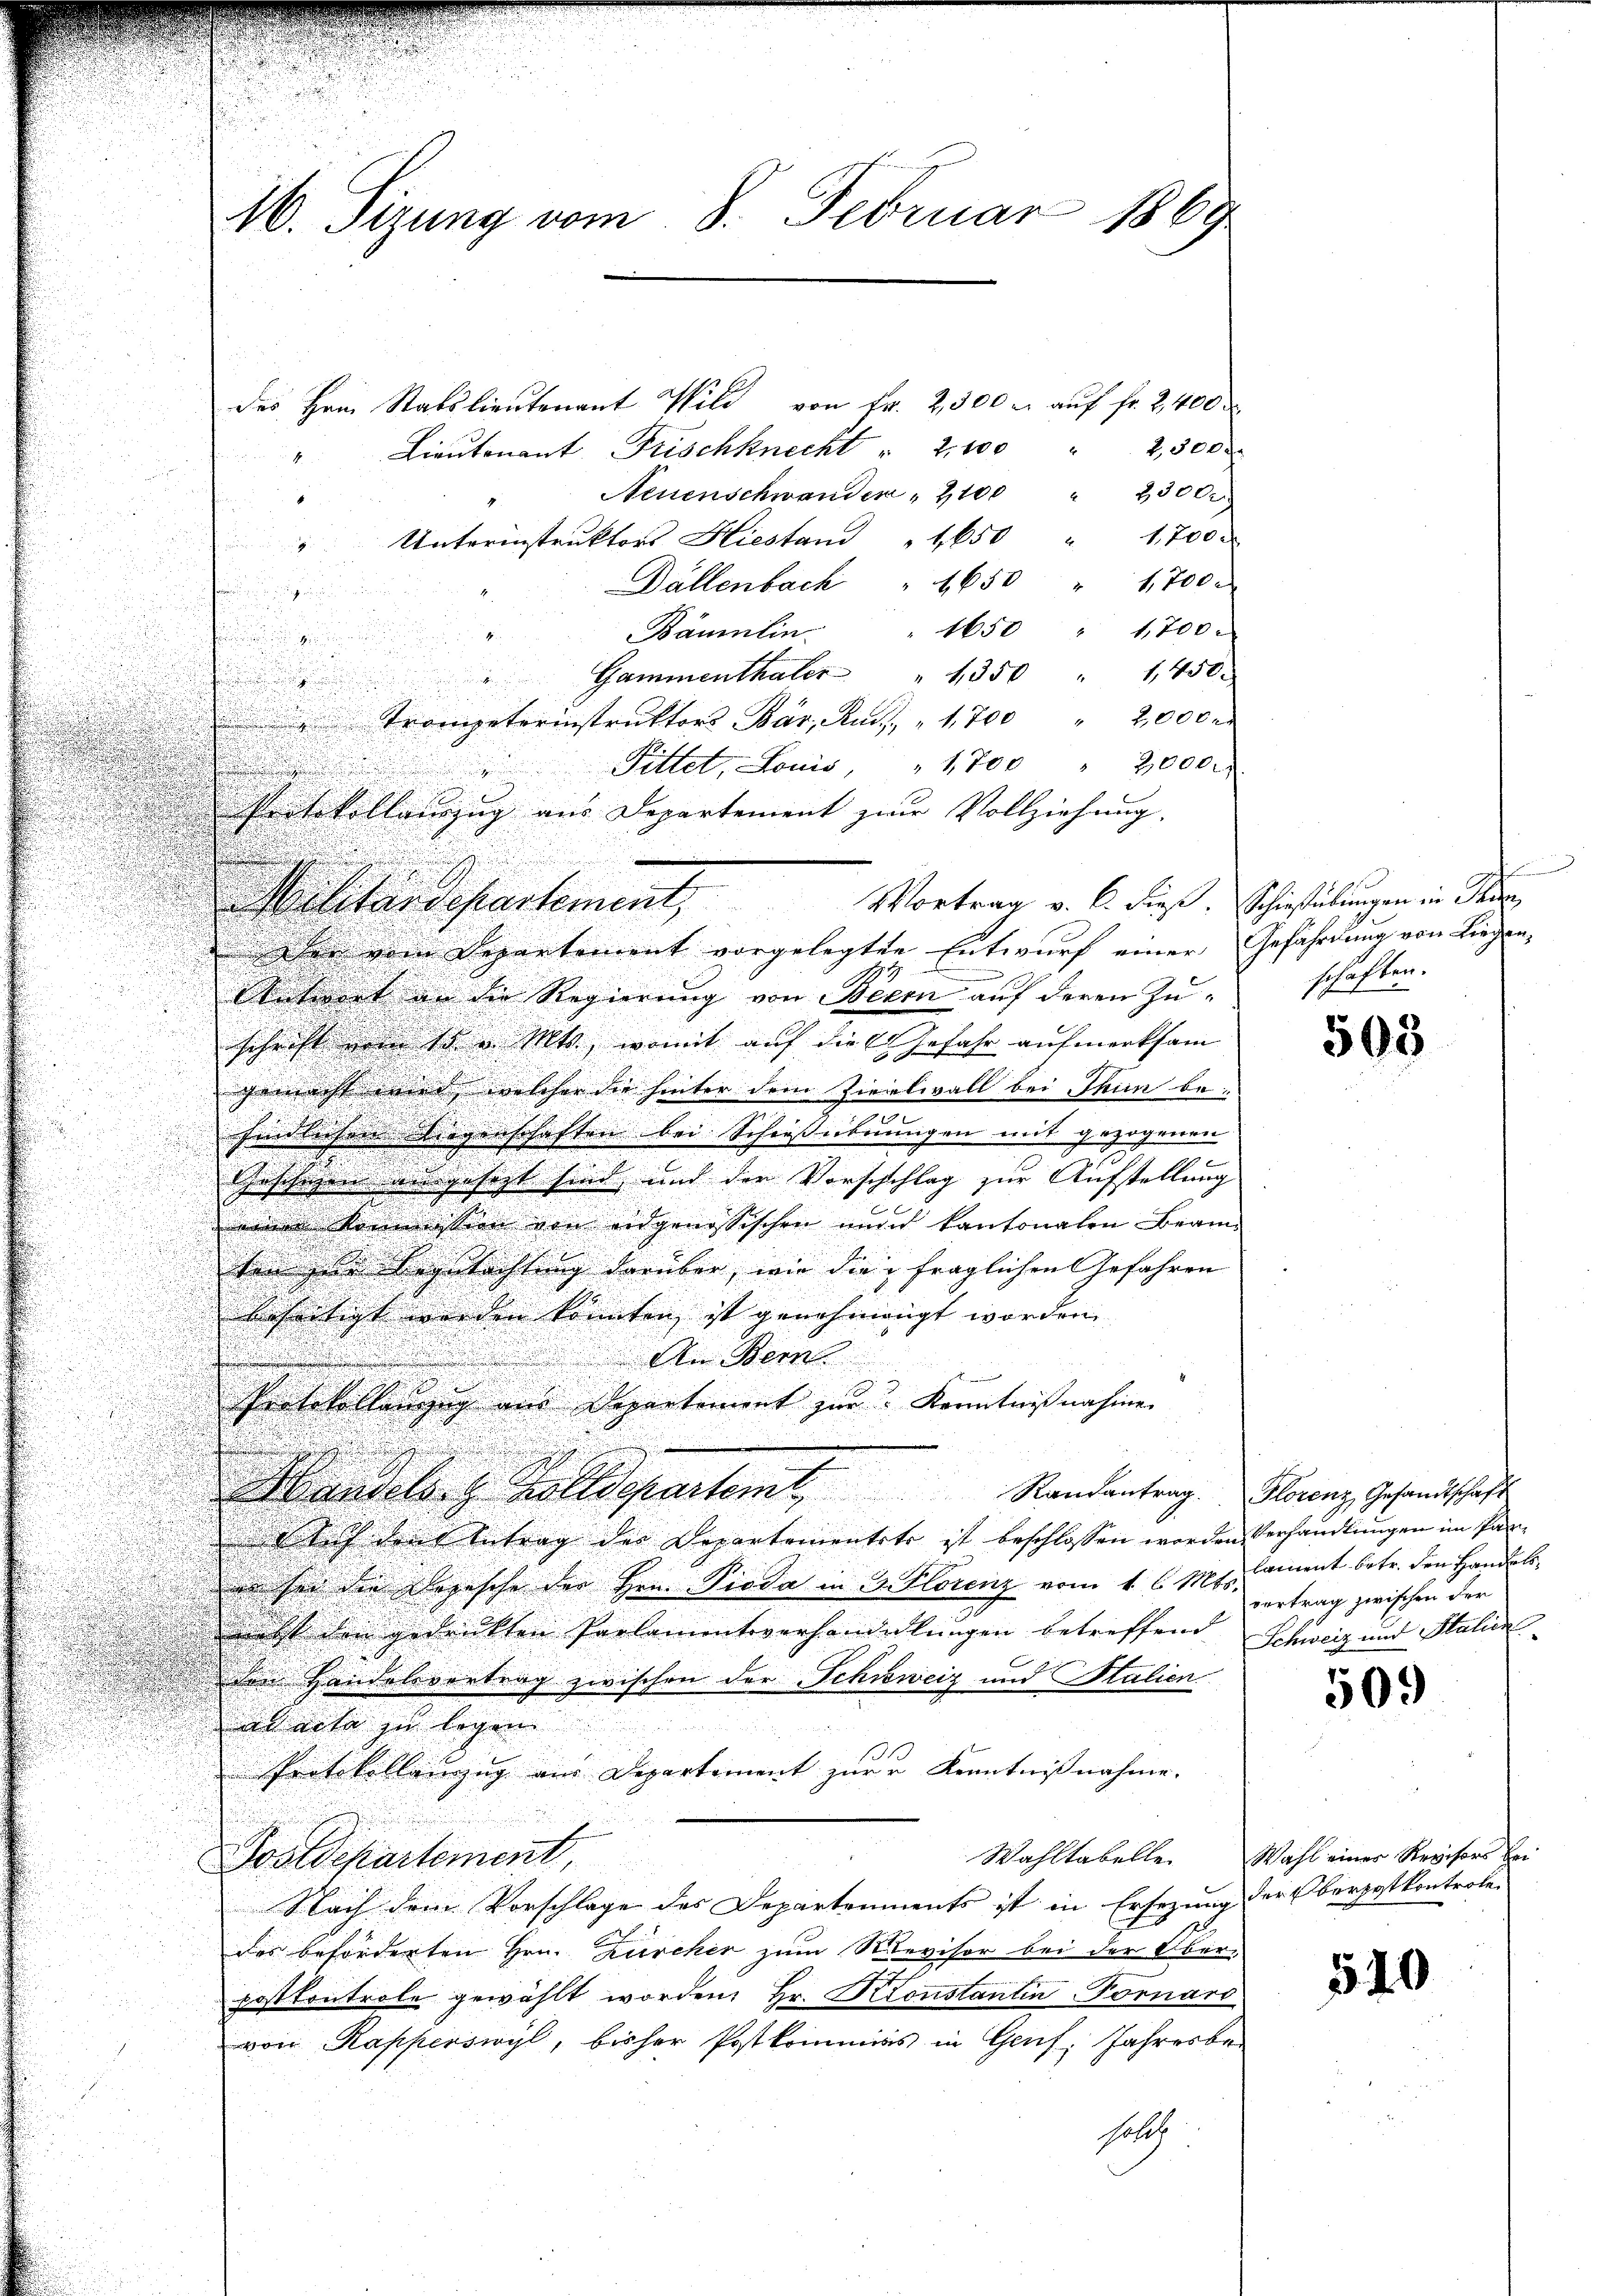
16. Firung vom 8. Februar 1869

des Hrn. Stabslieutenant Wild von Fr. 2300 u. auf fr. 2400
Lieŭtenant Frischknecht " 2, 100 " 2300
4
8
" Unterinstruktors Hiestand 1650 " 1,700

.
u
u
 Trompeterinstruktors Bär, Rud. " 1,700 " 2,000
.
Paskollauszug aus Departement zur Vollziehung.
n
Militärdepartement,
u
Der vom Departement vorgelegten Entwurf einer Gefährdung von Liegen,
Antwort an die Regierung von Bern auf deren Zu-

.
schrift von so. Mts., womit auf die Gefahr aufmerksam
gemacht ander, welcher die hinter dem Zivielwall bei Thun be-

.
findlichen Liegenschaften bei Schiessebnungen mit gezogenen |
.
x
d
Geschien ausgesezt sind, und der Vorschlag zur Aufstellung
e
einer Kommission von eidgenössischen nun kantonalen Beam-
ten zur Begutachtung darüber, wie die fraglichen Gefahren
befertigt worden könnten ist genehmengt worden.
An Bern

Protokollangeg aus Departement zur Kenntnißnahme
n
gdels Holldepartem Randantrag. Florenz Gesandtschaft
d auch den Antrag der Departementate ist beschlossen worden Verhandlungen im Pan¬
 sei die Depesche der Hrn. Pioda in 3 Florenz vom 4. l. Mts. ament betr. den Handels
ebst den gedrückten Parlamentsverhandelungen betreffend Schweiz und Stalien
C
den Handelsvertrag zwischen der Schweiz und Stalien.
 erte zu legen.
Protokollanzug aus Departement zur Kenntnißnahme.
Wahltabelle
Postdepartement
Nach dem Vorschlage des Departements ist in Ersezung der Oberpostkontrole
des beförderten Hrn. Zürcher zum Revisor bei der Oberpostkontrole gewählt worden, Hr. Konstantin Fornard
von Kapperswyl, bisher Postkommis in Genf. Jahresbe¬
.
holls

Vortrag v. 6. dieß. Schießübungen in Thie

Neuenschwander " 2100 " 23000
Dällenbach " 650 " 1700.
Bäumlin " 1650 " 1,700.
Gammenthaler " 1350 " 1450.
Fittet, Louis, " 1700 " 2,000

.
schaften.

505

vertrag zwischen der

509

Wahl eines Revisors bei

540